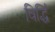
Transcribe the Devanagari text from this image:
विर्द्धि